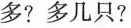
多?多几只?